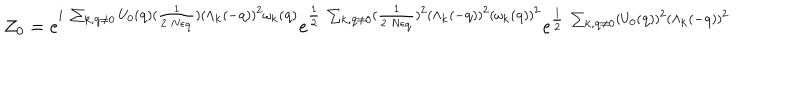
{ \mathcal { Z } } _ { 0 } = e ^ { i \mathrm { ~ } \sum _ { { \bf { k } } , { \bf { q } } \neq 0 } U _ { 0 } ( { \bf { q } } ) ( \frac { 1 } { 2 \mathrm { ~ } N \epsilon _ { { \bf { q } } } } ) ( \Lambda _ { { \bf { k } } } ( - { \bf { q } } ) ) ^ { 2 } \omega _ { { \bf { k } } } ( { \bf { q } } ) } e ^ { \frac { 1 } { 2 } \mathrm { ~ } \sum _ { { \bf { k } } , { \bf { q } } \neq 0 } ( \frac { 1 } { 2 \mathrm { ~ } N \epsilon _ { { \bf { q } } } } ) ^ { 2 } ( \Lambda _ { { \bf { k } } } ( - { \bf { q } } ) ) ^ { 2 } ( \omega _ { { \bf { k } } } ( { \bf { q } } ) ) ^ { 2 } } e ^ { \frac { 1 } { 2 } \mathrm { ~ } \sum _ { { \bf { k } } , { \bf { q } } \neq 0 } ( U _ { 0 } ( { \bf { q } } ) ) ^ { 2 } ( \Lambda _ { { \bf { k } } } ( - { \bf { q } } ) ) ^ { 2 } }